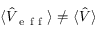
\langle \hat { V } _ { \mathrm { ~ e ~ f ~ f ~ } } \rangle \neq \langle \hat { V } \rangle